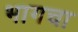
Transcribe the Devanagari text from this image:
भागचा